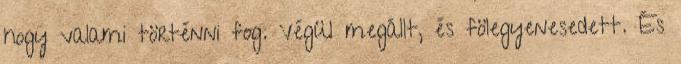
hogy valami történni fog. Végül megállt, és fölegyenesedett. És